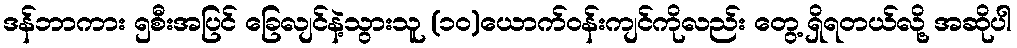
ဒန်ဘာကား ၅စီးအပြင် ခြေလျင်နဲ့သွားသူ (၁၀)ယောက်ဝန်းကျင်ကိုလည်း တွေ့ ရှိရတယ်လို့ အဆိုပါ